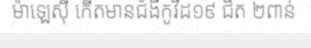
ម៉ាឡេស៊ី កើតមានជំងឺកូវីដ១៩ ជិត ២ពាន់